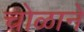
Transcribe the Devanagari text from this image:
चोळाने